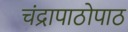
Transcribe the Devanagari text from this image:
चंद्रापाठोपाठ